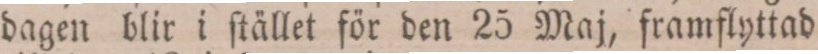
dagen blir i ſtället för den 25 Maj, framflyttad